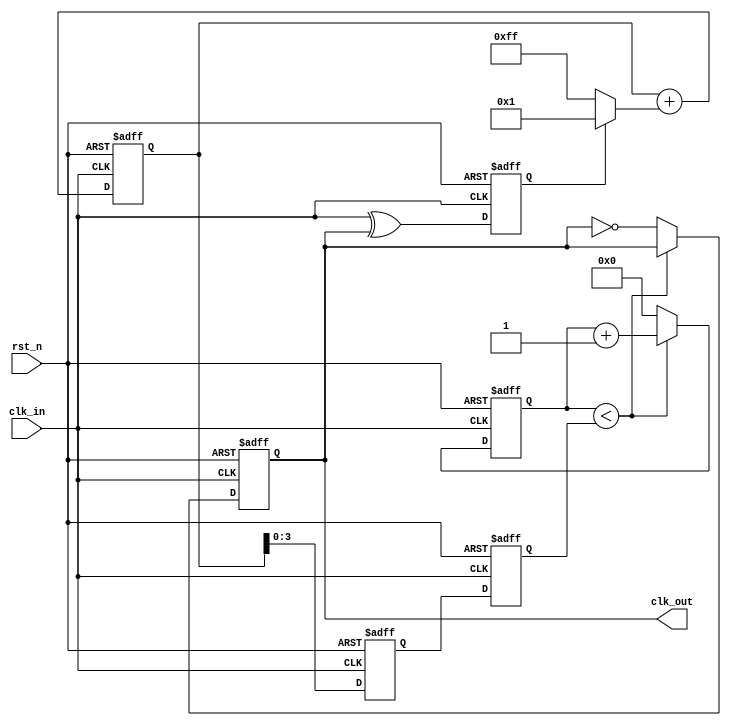
module clock_recovery_pll (
    input wire clk_in,             // Incoming clock/data signal
    input wire rst_n,              // Active-low reset
    output reg clk_out             // Output clock
);

// Phase Detector (PD)
reg phase_error;   // Phase error signal

always @(posedge clk_in or negedge rst_n) begin
    if (!rst_n) begin
        phase_error <= 0;
    end else begin
        // Simple edge detection for phase error: assume clk_out is aligned to clk_in
        phase_error <= clk_in ^ clk_out; // XOR operation for phase mismatch
    end
end

// Loop Filter (LF)
reg [7:0] control_voltage; // Control voltage for VCO, 8 bits for example
reg [7:0] filter_output;   // Filter output

always @(posedge clk_in or negedge rst_n) begin
    if (!rst_n) begin
        control_voltage <= 0;
        filter_output <= 0;
    end else begin
        // Simple first-order filter
        filter_output <= filter_output + (phase_error ? 1 : -1);
        control_voltage <= filter_output; // Update control voltage
    end
end

// Voltage-Controlled Oscillator (VCO)
reg [3:0] vco_freq; // VCO frequency control value
reg [3:0] vco_counter; // Counter for generating clk_out

always @(posedge clk_in or negedge rst_n) begin
    if (!rst_n) begin
        vco_freq <= 4'b0000; // Initialize frequency
        vco_counter <= 0;
        clk_out <= 0; // Initialize output clock
    end else begin
        // Update VCO frequency based on control voltage
        vco_freq <= control_voltage[3:0]; // Simulating VCO behavior

        // VCO output generation
        if (vco_counter < vco_freq) begin
            vco_counter <= vco_counter + 1;
        end else begin
            clk_out <= ~clk_out; // Toggle output clock
            vco_counter <= 0; // Reset counter
        end
    end
end

endmodule